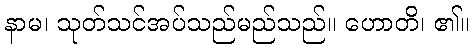
နာမ၊ သုတ်သင်အပ်သည်မည်သည်။ ဟောတိ၊ ၏။